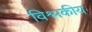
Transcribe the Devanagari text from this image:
विश्लकीय